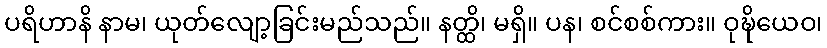
ပရိဟာနိ နာမ၊ ယုတ်လျော့ခြင်းမည်သည်။ နတ္ထိ၊ မရှိ။ ပန၊ စင်စစ်ကား။ ဝုဍ္ဎိယေဝ၊